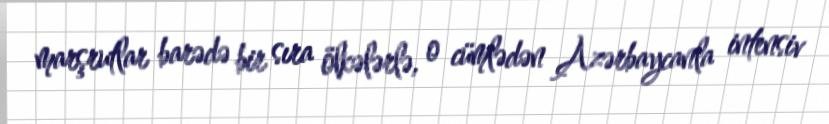
marşrutlar barədə bir sıra ölkələrlə, o cümlədən Azərbaycanla intensiv